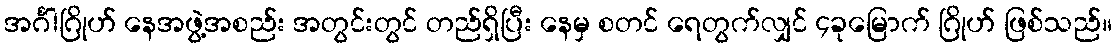
အင်္ဂါဂြိုဟ် နေအဖွဲ့အစည်း အတွင်းတွင် တည်ရှိပြီး နေမှ စတင် ရေတွက်လျှင် ၄ခုမြောက် ဂြိုဟ် ဖြစ်သည်။